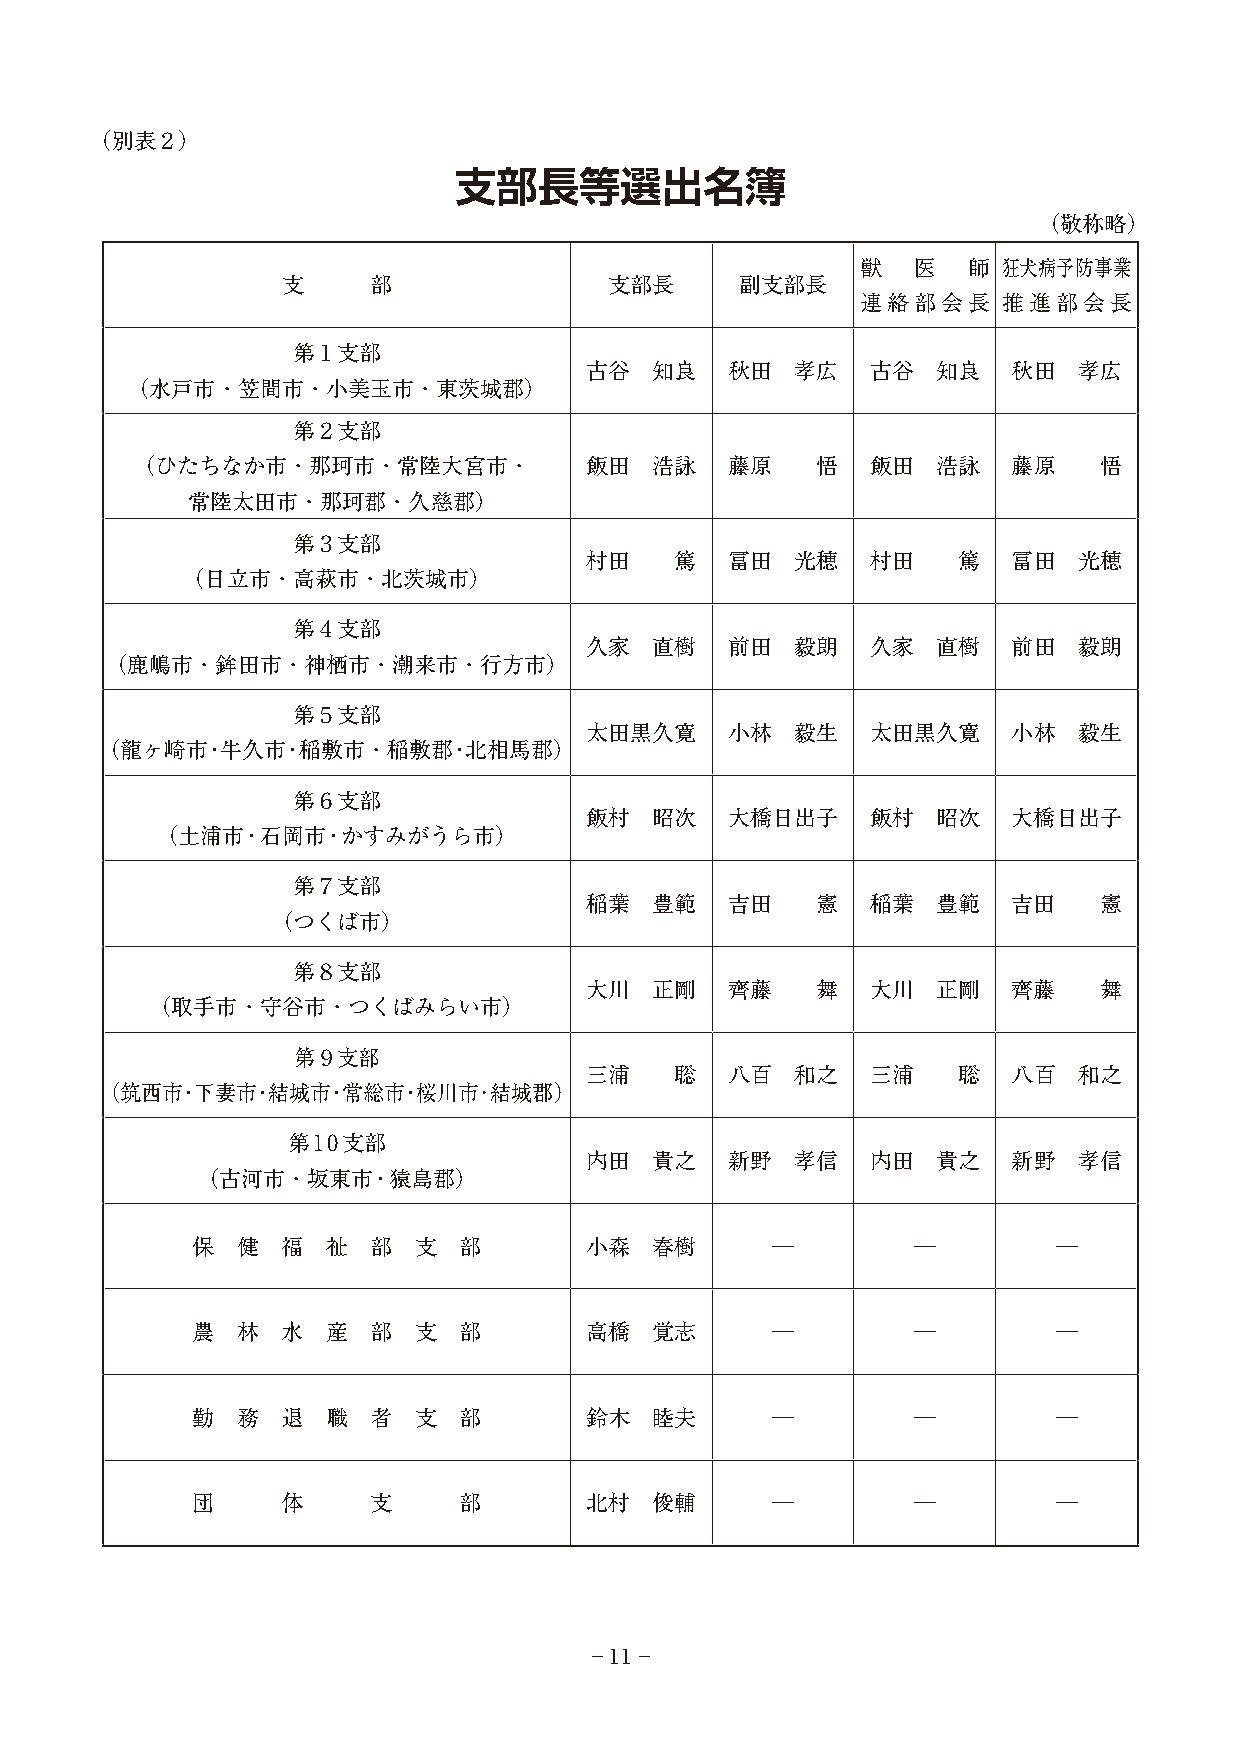
（別表２）
 支部長等選出名簿
 （敬称略）
 獣  医   師 狂犬病予防事業
 支    部               支部長      副支部長
 連絡部会長    推進部会長
 第１支部
 古谷  知良   秋田   孝広   古谷  知良   秋田  孝広
 （水戸市・笠間市・小美玉市・東茨城郡）
 第２支部
 （ひたちなか市・那珂市・常陸大宮市・            飯田  浩詠   藤原    悟   飯田  浩詠   藤原    悟
 常陸太田市・那珂郡・久慈郡）
 第３支部
 村田    篤  冨田   光穂   村田   篤   冨田  光穂
 （日立市・高萩市・北茨城市）
 第４支部
 久家  直樹   前田   毅朗   久家  直樹   前田  毅朗
 （鹿嶋市・鉾田市・神栖市・潮来市・行方市）
 第５支部
 太田黒久寛    小林   毅生   太田黒久寛    小林  毅生
 （龍ヶ崎市･牛久市･稲敷市・稲敷郡･北相馬郡）
 第６支部
 飯村  昭次   大橋日出子     飯村  昭次   大橋日出子
 （土浦市･石岡市･かすみがうら市）
 第７支部
 稲葉  豊範   吉田    憲   稲葉  豊範   吉田    憲
 （つくば市）
 第８支部
 大川  正剛   齊藤    舞   大川  正剛   齊藤    舞
 （取手市・守谷市・つくばみらい市）
 第９支部
 三浦    聡  八百   和之   三浦   聡   八百  和之
 （筑西市・下妻市・結城市・常総市・桜川市･結城郡）
 第10支部
 内田  貴之   新野   孝信   内田  貴之   新野  孝信
 （古河市・坂東市･猿島郡）
 保… 健… 福… 祉… 部… 支… 部       小森  春樹      ―        ―         ―
 農… 林… 水… 産… 部… 支… 部       高橋  覚志      ―        ―         ―
 勤… 務… 退… 職… 者… 支… 部       鈴木  睦夫      ―        ―         ―
 団     体    支     部        北村  俊輔      ―        ―         ―
 −11−